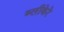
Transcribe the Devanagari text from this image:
ब्लीकेरे